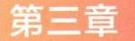
第三章